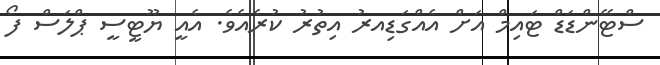
ސްޓޭންޑަޑް ޓައިމް އަށް އެއްގަޑިއރު އިތުރު ކުރެއެވެ. އެއީ ޔޫޓީސީ ޕްލަސް ފޯ